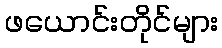
ဖယောင်းတိုင်များ